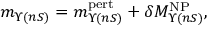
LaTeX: m _ { \Upsilon ( n S ) } = m _ { \Upsilon ( n S ) } ^ { \mathrm { p e r t } } + \delta M _ { \Upsilon ( n S ) } ^ { \mathrm { N P } } ,